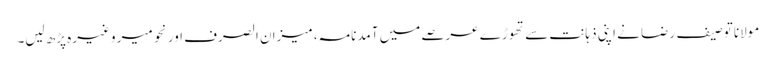
مولانا توصیف رضا نے اپنی ذہانت سے تھوڑے عرصے میں آمدنامہ، میزان الصرف اور نحو میر وغیرہ پڑھ لیں۔